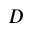
D